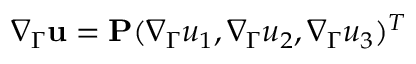
\nabla _ { \Gamma } \mathbf u = \mathbf P ( \nabla _ { \Gamma } u _ { 1 } , \nabla _ { \Gamma } u _ { 2 } , \nabla _ { \Gamma } u _ { 3 } ) ^ { T }